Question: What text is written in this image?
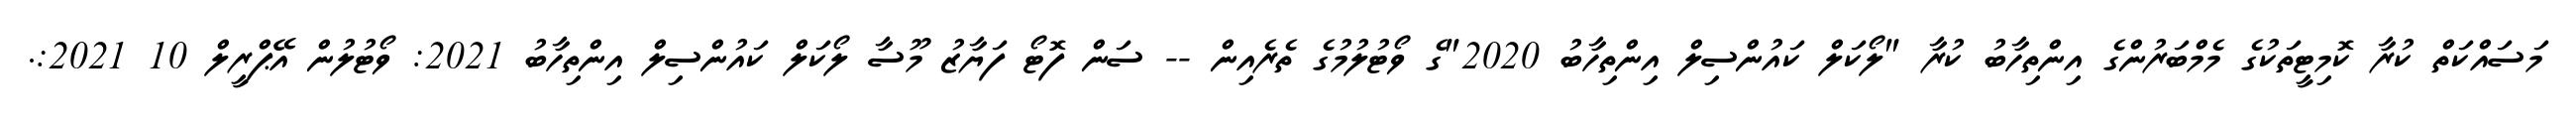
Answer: މަސައްކަތް ކުރާ ކޮމިޓީތަކުގެ މެމްބަރުންގެ އިންތިހާބު ކުރާ "ލޯކަލް ކައުންސިލް އިންތިހާބު 2020"ގެ ވޯޓުލުމުގެ ތެރެއިން -- ސަން ފޮޓޯ ފަޔާޒު މޫސާ ލޯކަލް ކައުންސިލް އިންތިހާބު 2021: ވޯޓުލުން އޭޕްރީލް 10 2021:.